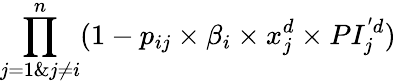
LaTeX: \prod_{j=1\& j\ne i}^{n}(1-p_{ij}\times\beta_{i}\times x_{j}^{d}\times PI_{j}^{'d})